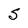
Character: S